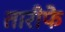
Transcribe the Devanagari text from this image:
तारीफे